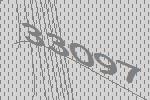
33097